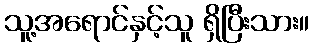
သူ့အရောင်နှင့်သူ ရှိပြီးသား။